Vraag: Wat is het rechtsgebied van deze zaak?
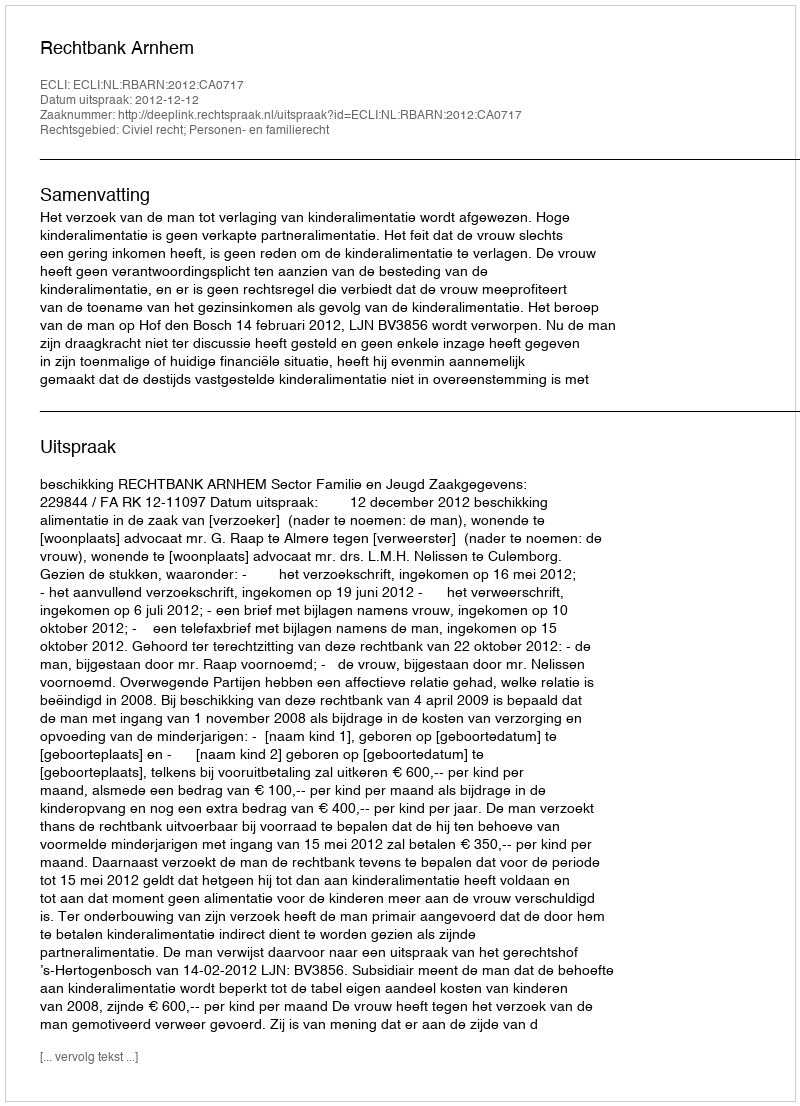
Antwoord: Civiel recht; Personen- en familierecht